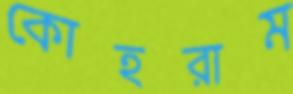
কোহরাম